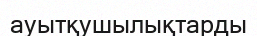
ауытқушылықтарды